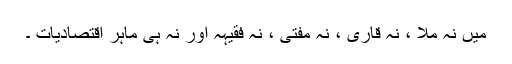
میں نہ مُلّا ، نہ قاری ، نہ مُفتی ، نہ فقیہہ اور نہ ہی ماہرِ اقتصادیات ۔